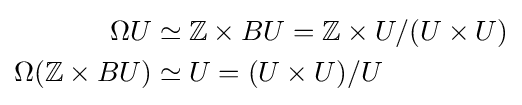
{\begin{aligned}\Omega U&\simeq \mathbb {Z} \times BU=\mathbb {Z} \times U/(U\times U)\\\Omega (\mathbb {Z} \times BU)&\simeq U=(U\times U)/U\end{aligned}}